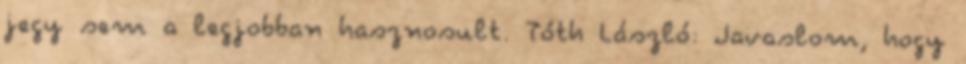
jegy sem a legjobban hasznosult. Tóth László: Javaslom, hogy